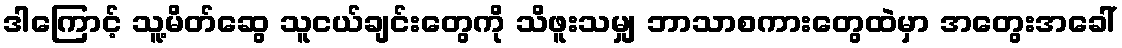
ဒါကြောင့် သူ့မိတ်ဆွေ သူငယ်ချင်းတွေကို သိဖူးသမျှ ဘာသာစကားတွေထဲမှာ အတွေးအခေါ်